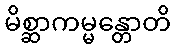
မိစ္ဆာကမ္မန္တောတိ